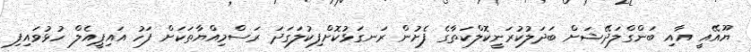
ޔޫއޭއީ އާއި ބަންގްލަދޭޝަށް ބަދަލުކުރަނީކޮލްކަތާގެ ފެށުން ރަނގަޅުކޮށްފިކުލަގަދަ ރަސްމިއްޔާތަކަށް ފަހު އައިޕީއެލް ހުޅުވައިފި